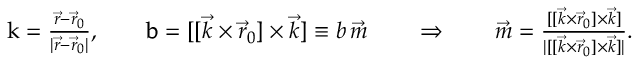
\begin{array} { r } { \boldsymbol { \mathrm { k } } = \frac { \vec { r } - \vec { r } _ { 0 } } { | \vec { r } - \vec { r } _ { 0 } | } , \qquad \boldsymbol { \mathrm { b } } = [ [ { \vec { k } } \times { \vec { r } } _ { 0 } ] \times { \vec { k } } ] \equiv b \, \vec { m } \qquad \Rightarrow \qquad \vec { m } = \frac { [ [ { \vec { k } } \times { \vec { r } } _ { 0 } ] \times { \vec { k } } ] } { | [ [ { \vec { k } } \times { \vec { r } } _ { 0 } ] \times { \vec { k } } ] | } . } \end{array}